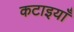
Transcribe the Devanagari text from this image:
कटाइयाँ